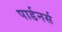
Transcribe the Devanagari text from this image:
पार्डनर्स